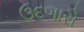
ઉદગારો